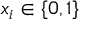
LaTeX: x _ { i } \in \{ 0 , 1 \}